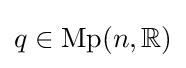
q\in {\mathrm {Mp} }(n,{\mathbb {R} })